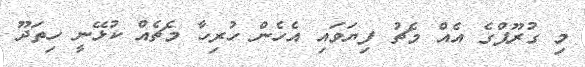
މި ގުރޫޕްގެ އެއް މެޗު ފިޔަވައި އެހެން ހުރިހާ މެޗެއް ކުޅޭނީ ހިތަދޫ